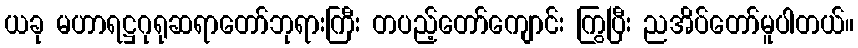
ယခု မဟာရဋ္ဌဂုရုဆရာတော်ဘုရားကြီး တပည့်တော်ကျောင်း ကြွပြီး ညအိပ်တော်မူပါတယ်။